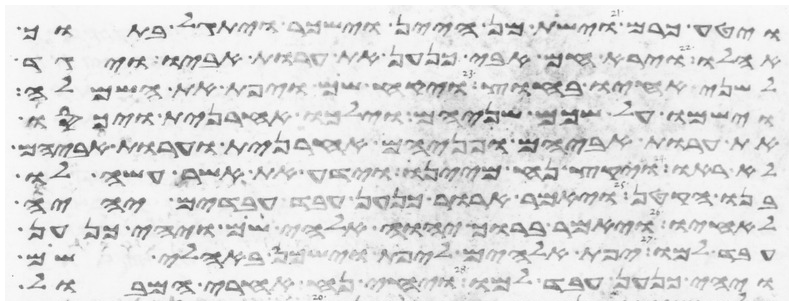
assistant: ויטע כרם וישת מן היין וישכר ויתגל בתוך
אהלו וירא חם אבי כנען את ערות אביו ויגד
לשני אחיו בחוץ ויקח שם ויפת את השמלה
וישמו על שכם שניהם וילכו אחרנית ויכסו
את ערות אביהם ופניהם אחרנית וערות אביהם
לא ראו ויקץ נח מיינו וידע את אשר עשה לו
בנו הקטן ויאמר ארור כנען עבד עבדים יהיה
לאחיו ויאמר ברוך יהוה אלהי שם ויהי כנען
עבד למו יפת אלהים ליפת וישכן באהלי שם
ויהי כנען עבד למו ויחי נח אחרי המבול